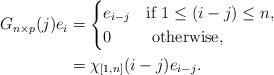
LaTeX: \begin{align*} G_{n \times p}{(j)} e_i &= \begin{cases}e_{i-j} & \mbox{if } 1 \leq (i-j) \leq n,\\0 &\mbox{ otherwise},\end{cases} \\&= \chi_{[1, n]}(i-j) e_{i-j}.\end{align*}